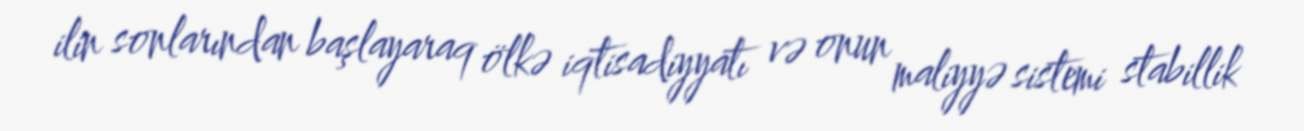
ilin sonlarından başlayaraq ölkə iqtisadiyyatı və onun maliyyə sistemi stabillik